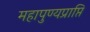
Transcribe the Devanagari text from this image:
महापुण्यप्राप्ति